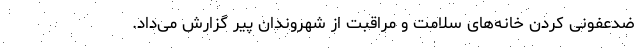
ضدعفونی کردن خانه‌های سلامت و مراقبت از شهروندان پیر گزارش می‌داد.